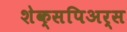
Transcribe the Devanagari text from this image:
शेक्सपिअर्स